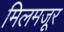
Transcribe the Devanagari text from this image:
मिलमजूर